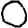
Digit: 0